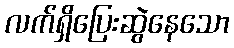
လက်ရှိပြေးဆွဲနေသော